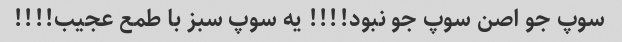
سوپ جو اصن سوپ جو نبود!!!! یه سوپ سبز با طمع عجیب!!!!